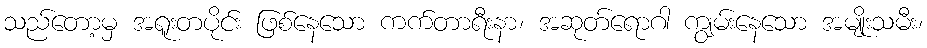
သည်တော့မှ အရူးတပိုင်း ဖြစ်နေသော ကက်တာရီးနာ၊ အဆုတ်ရောဂါ ကျွမ်းနေသော အမျိုးသမီး၊